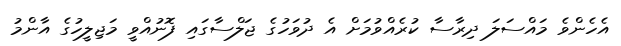
އެހެންވެ މައްސަލަ ދިރާސާ ކުރެއްވުމަށް އެ ދުވަހުގެ ޖަލްސާގައި ފޮނުއްވީ މަޖިލީހުގެ އާންމު